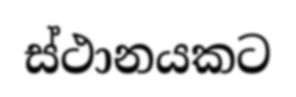
ස්ථානයකට